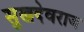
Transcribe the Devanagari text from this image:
सुखदेवराज